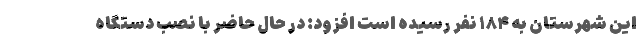
این شهرستان به ۱۸۴ نفر رسیده است افزود: در حال حاضر با نصب دستگاه